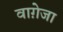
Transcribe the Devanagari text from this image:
वाग़ेजा